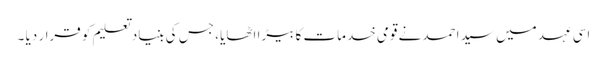
اسی عہد میں سید احمد نے قومی خدمات کا بیڑا اٹھایا ، جس کی بنیاد تعلیم کو قرار دیا ۔